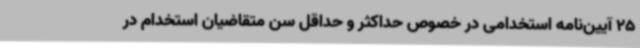
25 آیین‌نامه استخدامی در خصوص حداکثر و حداقل سن متقاضیان استخدام در